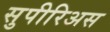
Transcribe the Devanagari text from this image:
सुपीरिअस